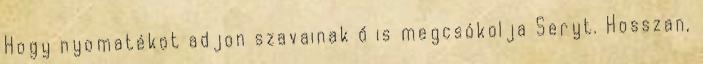
Hogy nyomatékot adjon szavainak ő is megcsókolja Seryt. Hosszan,